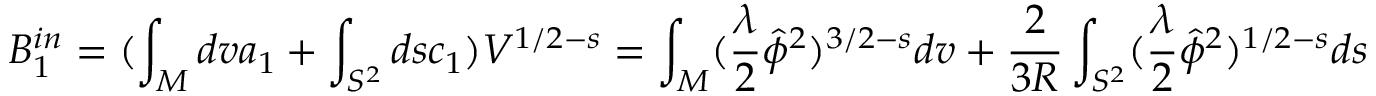
B _ { 1 } ^ { i n } = ( \int _ { M } d v a _ { 1 } + \int _ { S ^ { 2 } } d s c _ { 1 } ) V ^ { 1 / 2 - s } = \int _ { M } ( \frac { \lambda } { 2 } \hat { \phi } ^ { 2 } ) ^ { 3 / 2 - s } d v + \frac { 2 } { 3 R } \int _ { S ^ { 2 } } ( \frac { \lambda } { 2 } \hat { \phi } ^ { 2 } ) ^ { 1 / 2 - s } d s